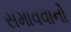
સમાવવાનો